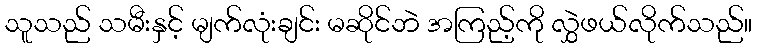
သူသည် သမီးနှင့် မျက်လုံးချင်း မဆိုင်ဘဲ အကြည့်ကို လွှဲဖယ်လိုက်သည်။